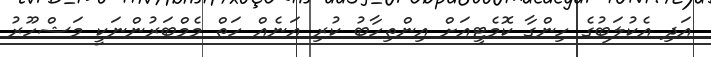
އަދި އެކުލަބުގެ ހިންގާ ކޮމެޓީއަށް އިންތިހާބު ކުރި އަނެއް ހަތް މެމްބަރުންނަކީ މަޝްހޫރު